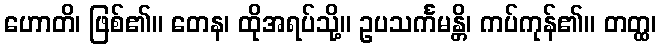
ဟောတိ၊ ဖြစ်၏။ တေန၊ ထိုအရပ်သို့။ ဥပသင်္ကမန္တိ၊ ကပ်ကုန်၏။ တတ္ထ၊